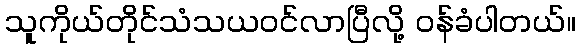
သူကိုယ်တိုင်သံသယဝင်လာပြီလို့ ဝန်ခံပါတယ်။